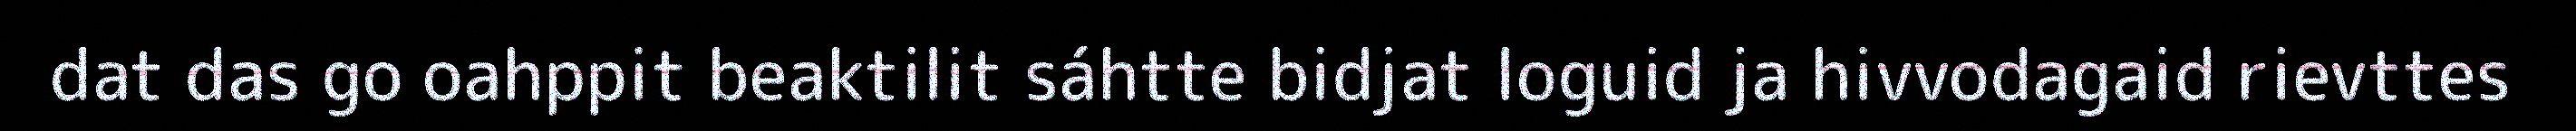
dat das go oahppit beaktilit sáhtte bidjat loguid ja hivvodagaid rievttes